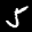
Label: 5